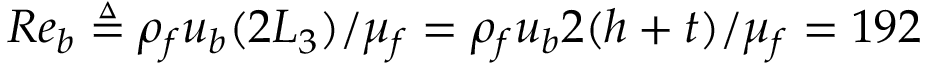
R e _ { b } \triangleq \rho _ { f } u _ { b } ( 2 L _ { 3 } ) / \mu _ { f } = \rho _ { f } u _ { b } 2 ( h + t ) / \mu _ { f } = 1 9 2